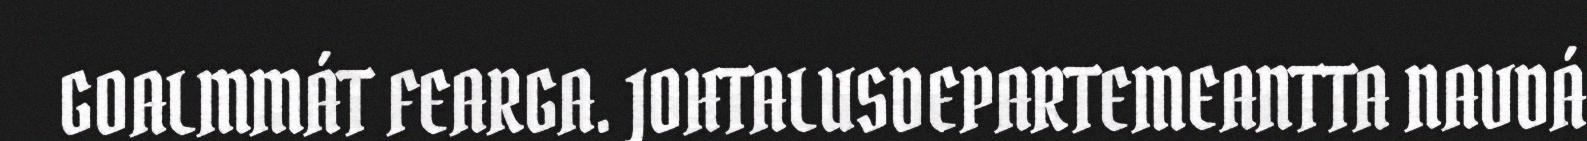
GOALMMÁT FEARGA. JOHTALUSDEPARTEMEANTTA NAVDÁ